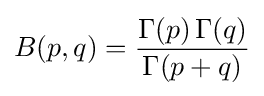
B(p,q)={\frac {\Gamma (p)\,\Gamma (q)}{\Gamma (p+q)}}